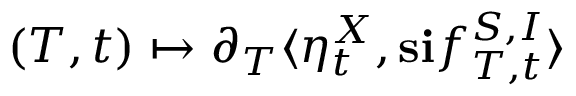
( T , t ) \mapsto \partial _ { T } \langle \eta _ { t } ^ { X } , \mathbf { s } \mathbf { i } f _ { T , t } ^ { S , I } \rangle